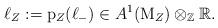
LaTeX: \begin{align*} \ell_Z:=\mathrm{p}_Z(\ell_-) \in A^1(\mathrm{M}_Z) \otimes_\mathbb{Z} \mathbb{R}.\end{align*}